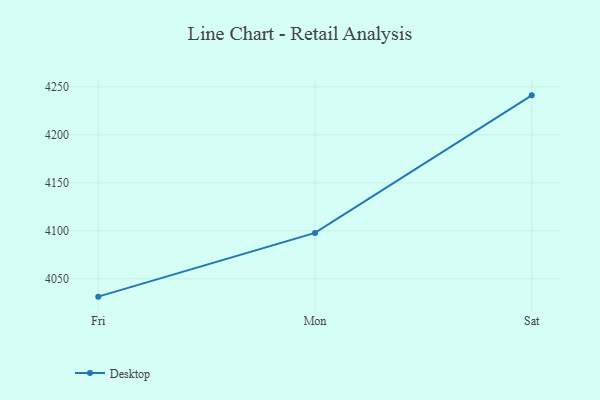
{"axis": {"x": "Day", "y": "Backlog"}, "legend": ["Desktop"], "data": [{"x": "Fri", "y": 4031.4, "type": "Desktop"}, {"x": "Mon", "y": 4097.8, "type": "Desktop"}, {"x": "Sat", "y": 4241.2, "type": "Desktop"}]}